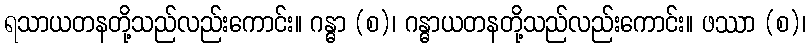
ရသာယတနတို့သည်လည်းကောင်း။ ဂန္ဓာ (စ)၊ ဂန္ဓာယတနတို့သည်လည်းကောင်း။ ဖဿာ (စ)၊